Civil Veterinary Department Bengal reports 1923-33 - 1923-1933
Year: 1923
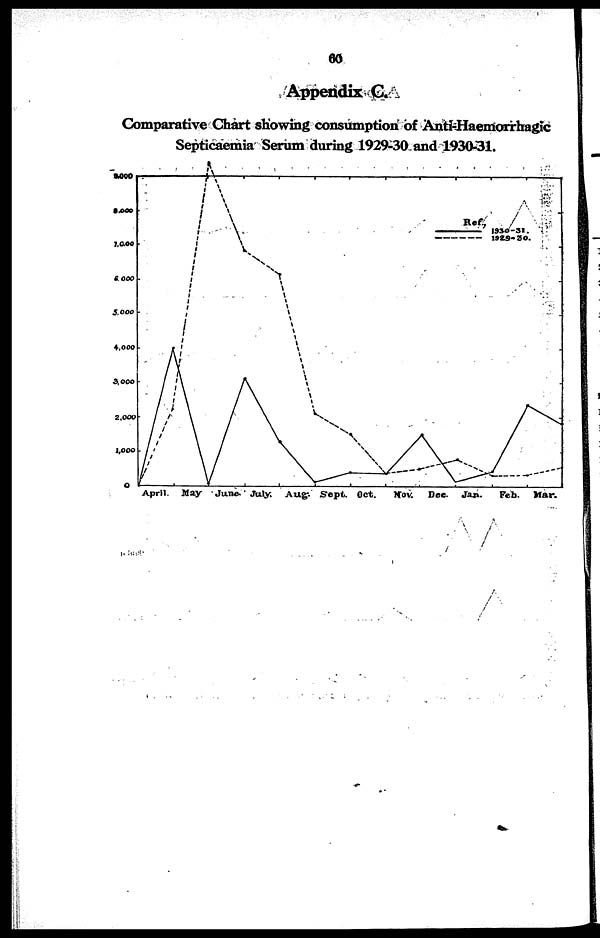
60
Appendix C.
Comparative Chart showing consumption of Anti-Haemorrhagic
Septicaemia Serum during 1929-30 and 1930-31.